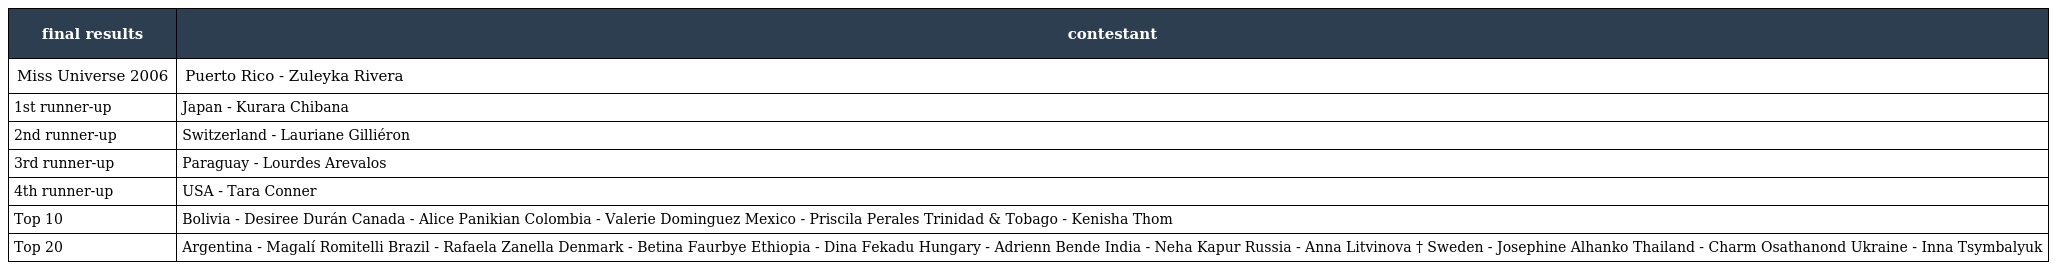
| final results | contestant |
 | --- | --- |
 | Miss Universe 2006 | Puerto Rico - Zuleyka Rivera |
 | 1st runner-up | Japan - Kurara Chibana |
 | 2nd runner-up | Switzerland - Lauriane Gilliéron |
 | 3rd runner-up | Paraguay - Lourdes Arevalos |
 | 4th runner-up | USA - Tara Conner |
 | Top 10 | Bolivia - Desiree Durán Canada - Alice Panikian Colombia - Valerie Dominguez Mexico - Priscila Perales Trinidad & Tobago - Kenisha Thom |
 | Top 20 | Argentina - Magalí Romitelli Brazil - Rafaela Zanella Denmark - Betina Faurbye Ethiopia - Dina Fekadu Hungary - Adrienn Bende India - Neha Kapur Russia - Anna Litvinova † Sweden - Josephine Alhanko Thailand - Charm Osathanond Ukraine - Inna Tsymbalyuk |